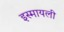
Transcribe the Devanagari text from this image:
इस्मायली